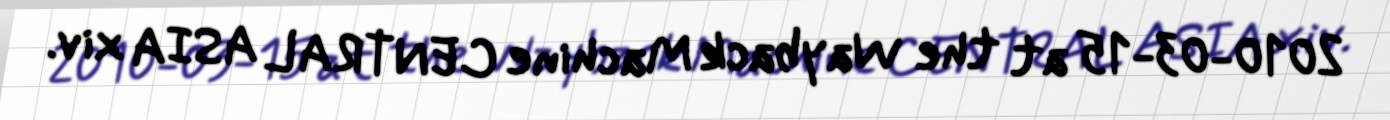
2010-03-15 at the Wayback Machine CENTRAL ASIA xiv.